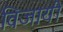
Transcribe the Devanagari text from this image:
विजायी